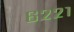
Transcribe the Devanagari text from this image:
६२२१